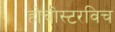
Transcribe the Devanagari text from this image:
होचोस्टरविच